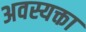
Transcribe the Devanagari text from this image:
अवस्यक्ता